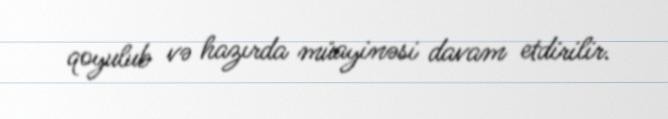
qoyulub və hazırda müayinəsi davam etdirilir.